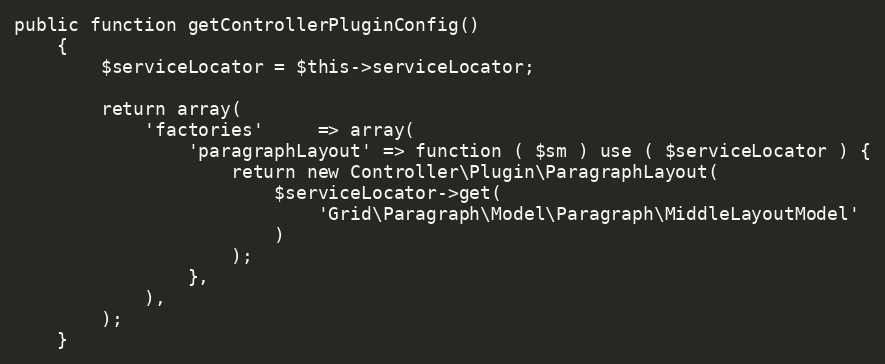
Language: PHP
public function getControllerPluginConfig()
    {
        $serviceLocator = $this->serviceLocator;

        return array(
            'factories'     => array(
                'paragraphLayout' => function ( $sm ) use ( $serviceLocator ) {
                    return new Controller\Plugin\ParagraphLayout(
                        $serviceLocator->get(
                            'Grid\Paragraph\Model\Paragraph\MiddleLayoutModel'
                        )
                    );
                },
            ),
        );
    }